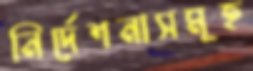
নির্দেশনাসমূহ